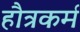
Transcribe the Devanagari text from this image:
हौत्रकर्म